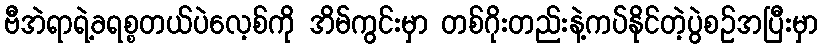
ဗီအဲရာရဲ့ခရစ္စတယ်ပဲလေ့စ်ကို အိမ်ကွင်းမှာ တစ်ဂိုးတည်းနဲ့ကပ်နိုင်တဲ့ပွဲစဉ်အပြီးမှာ